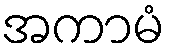
အကာမံ